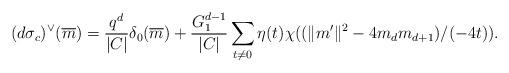
LaTeX: \begin{align*} (d\sigma_c)^\vee(\overline{m})=\frac{q^d}{|C|} \delta_0(\overline{m}) + \frac{G_1^{d-1}}{|C|} \sum_{t\neq 0} \eta(t) \chi((\|m^\prime\|^2-4m_dm_{d+1})/(-4t)).\end{align*}